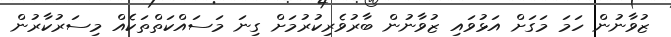
ޒުވާނުން ހަމަ މަގަށް އަޅުވައި ޒުވާނުން ބާރުވެރިކުރުމަށް ގިނަ މަސައްކަތްތަކެއް މިސަރުކާރުން